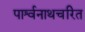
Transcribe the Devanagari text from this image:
पार्श्वनाथचरित